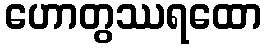
ဟောတွဿရထော